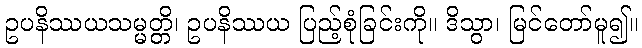
ဥပနိဿယသမ္မတ္တိ၊ ဥပနိဿယ ပြည့်စုံခြင်းကို။ ဒိသွာ၊ မြင်တော်မူ၍။